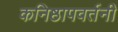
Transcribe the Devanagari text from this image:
कनिष्ठापवर्तनी